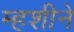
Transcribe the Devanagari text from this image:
म्हशीने